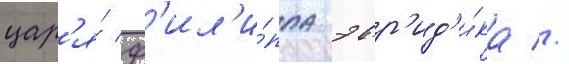
цар'я́ ф'ил'и́ппа эвр'ид'и́ка //